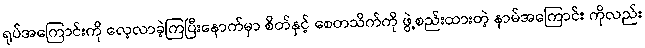
ရုပ်အကြောင်းကို လေ့လာခဲ့ကြပြီးနောက်မှာ စိတ်နှင့် စေတသိက်ကို ဖွဲ့စည်းထားတဲ့ နာမ်အကြောင်း ကိုလည်း